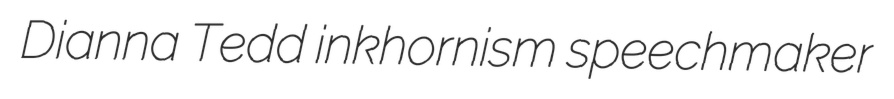
Dianna Tedd inkhornism speechmaker